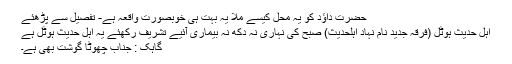
حضرت داؤدؑ کو یہ محل کیسے ملا یہ بہت ہی خوبصورت واقعہ ہے- تفصیل سے پڑھئے
اہل حديث ہوٹل (فرقہ جدید نام نہاد اہلحدیث) صبح کی نہاری نہ دکھ نہ بيماری آئيے تشريف رکھئے يہ اہل حديث ہوٹل ہے
گاہک : جناب چھوٹا گوشت بھی ہے۔